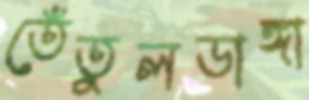
তেঁতুলডাঙ্গা